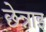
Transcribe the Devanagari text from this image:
छेन्नाइ